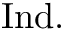
{ \mathrm { I n d } } .